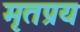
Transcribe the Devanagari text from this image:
मृतप्रय